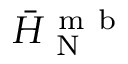
\Bar { H } _ { \mathrm { ~ N ~ } } ^ { \mathrm { ~ m ~ b ~ } }